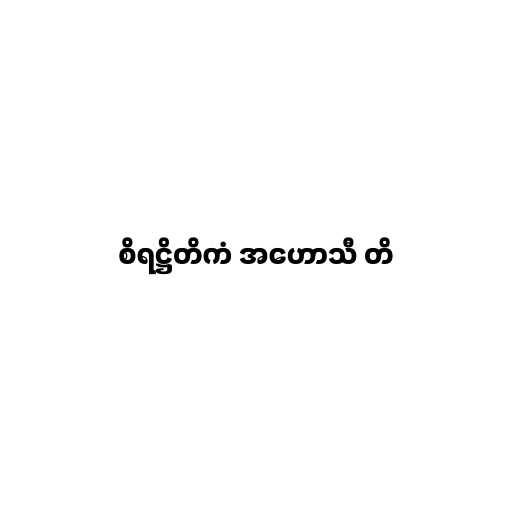
စိရဋ္ဌိတိကံ အဟောသီ တိ